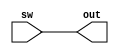
`timescale 1ns / 1ps
//////////////////////////////////////////////////////////////////////////////////
// Company: 
// Engineer: 
// 
// Design Name: 
// Module Name: RGB
// Project Name: 
// Target Devices: 
// Tool Versions: 
// Description: 
// 
// Dependencies: 
// 
// Revision:
// Revision 0.01 - File Created
// Additional Comments:
// 
//////////////////////////////////////////////////////////////////////////////////


module RGB( out,sw  );
input wire [5:0] sw;
output reg [5:0] out;
always@(*) // aesterick * takes all inputs automatically
begin 
   
    out=sw;
    end
   
endmodule